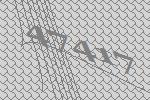
47417